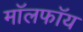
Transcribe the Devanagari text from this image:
मॉलफॉय